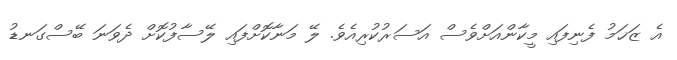
އެ ޒަޚަމު ފެނިފައި މީކާންއަށްވެސް އަސަރުކުރިއެވެ. ލޭ މަނާކޮށްފައި ލޭސާފުކޮށް ދެވަނަ ބޭސްގަނޑު